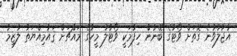
އުޖާލާވާނެ ގޮތަށް ވޯޓުގެ ބޭނުން ހިފުމަކީ ވޯޓުލާ މީހާގެ މައްޗަށް ޤައުމިއްޔަތު ލާޒިމު